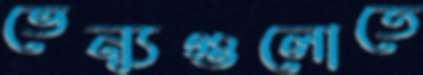
ভেন্যুগুলোতে